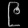
Digit: ၉